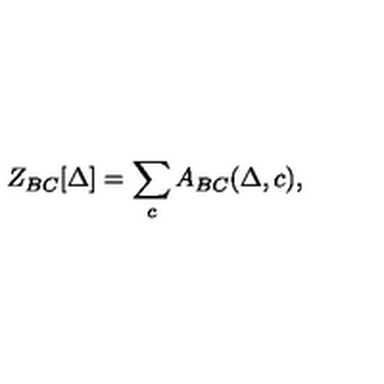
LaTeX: Z _ { B C } [ \Delta ] = \sum _ { c } A _ { B C } ( \Delta , c ) ,